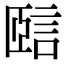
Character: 𧧃